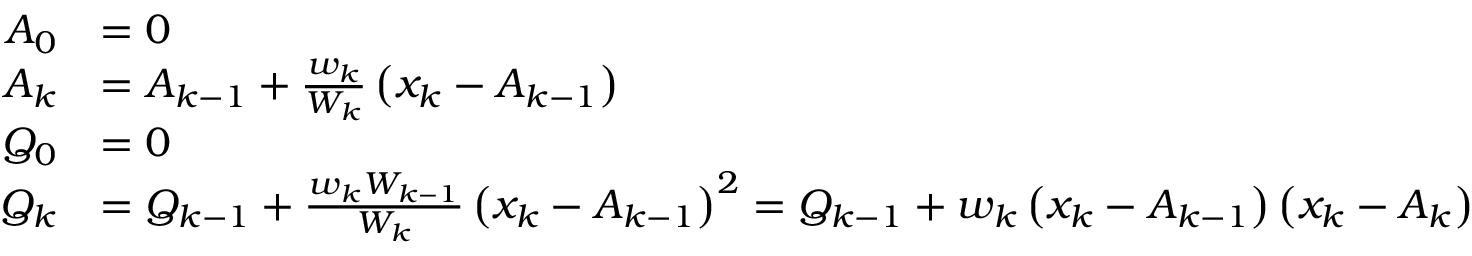
{ \begin{array} { r l } { A _ { 0 } } & { = 0 } \\ { A _ { k } } & { = A _ { k - 1 } + { \frac { w _ { k } } { W _ { k } } } \left( x _ { k } - A _ { k - 1 } \right) } \\ { Q _ { 0 } } & { = 0 } \\ { Q _ { k } } & { = Q _ { k - 1 } + { \frac { w _ { k } W _ { k - 1 } } { W _ { k } } } \left( x _ { k } - A _ { k - 1 } \right) ^ { 2 } = Q _ { k - 1 } + w _ { k } \left( x _ { k } - A _ { k - 1 } \right) \left( x _ { k } - A _ { k } \right) } \end{array} }